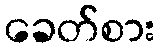
ခေတ်စား